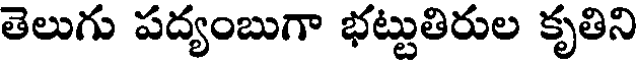
తెలుగు పద్యంబుగా భట్టుతిరుల కృతిని